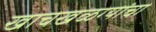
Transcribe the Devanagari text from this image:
खाचखळग्यांचा